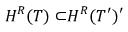
H ^ { R } { \cal ( T ) \subset } H ^ { R } { \cal ( T ^ { \prime } ) ^ { \prime } }